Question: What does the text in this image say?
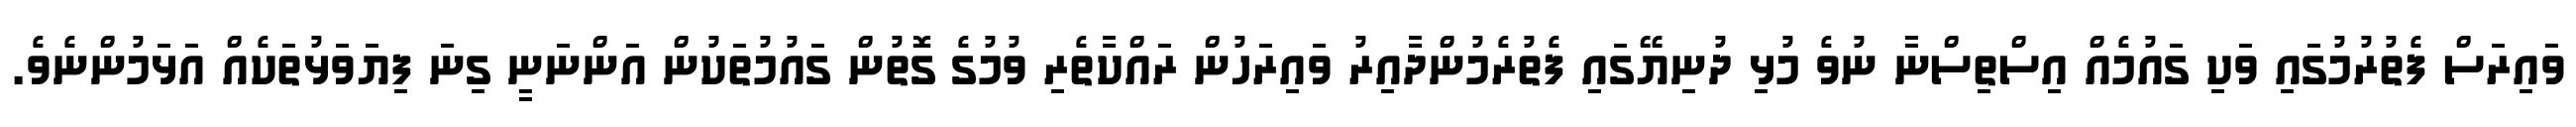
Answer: ވައިރަސް ފެތުރުމުގައި ވަކި ގައުމެއް އިސްތިސްނާ ނުވެ މުޅި ދުނިޔޭގައި ފެތުރެމުންދާއިރު ވައިރަހުން ރައްކާތެރި ވުމުގެ ގޮތުން ގައުމުތަކުން އަންނަނީ ގިނަ ފިޔަވަޅުތަކެއް އަޅަމުންނެވެ.